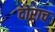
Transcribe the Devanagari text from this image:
दोराच